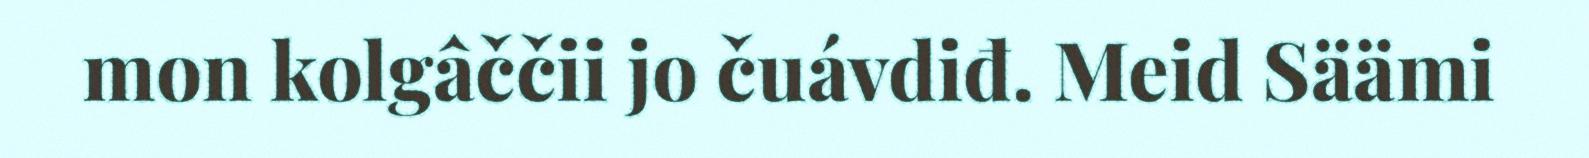
mon kolgâččii jo čuávdiđ. Meid Säämi